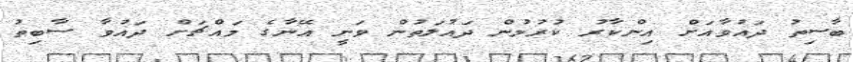
ބާސިތު ދައުވާއަށް އިންކާރު ކުރުމުން ދައުލަތުން ވަނީ އޭނާގެ މައްޗަށް ދައުވާ ސާބިތު